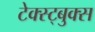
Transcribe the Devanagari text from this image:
टेक्स्ट्बुक्स